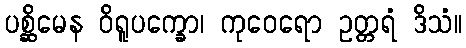
ပစ္ဆိမေန ဝိရူပက္ခော၊ ကုဝေရော ဥတ္တရံ ဒိသံ။